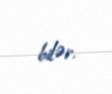
bilər.